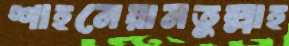
শাহনেয়ামতুল্লাহ